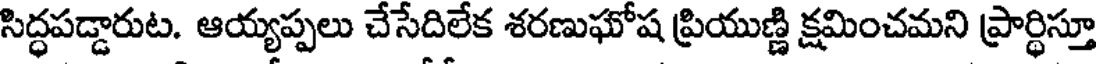
సిద్ధపడ్డారుట. ఆయ్యప్పలు చేసేదిలేక శరణుఘోష ప్రియుణ్ణి క్షమించమని ప్రార్థిస్తూ